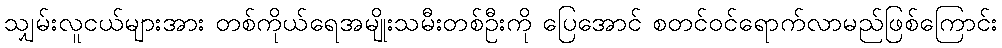
သျှမ်းလူငယ်များအား တစ်ကိုယ်ရေအမျိုးသမီးတစ်ဦးကို ပြေအောင် စတင်ဝင်ရောက်လာမည်ဖြစ်ကြောင်း